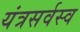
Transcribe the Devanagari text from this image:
यंत्रसर्वस्व